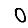
Digit: 0